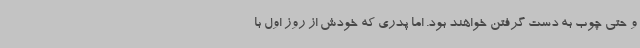
و حتی چوب به دست گرفتن خواهند بود. اما پدری که خودش از روز اول با